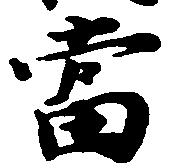
当